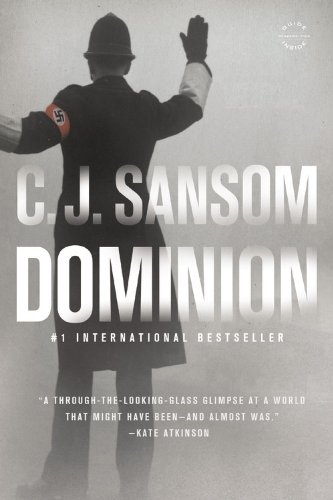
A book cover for Dominion; C.J. Sansom; Science Fiction & Fantasy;